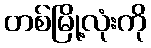
တစ်မြို့လုံးကို